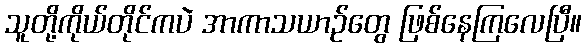
သူတို့ကိုယ်တိုင်ကပဲ အာကာသယာဉ်တွေ ဖြစ်နေကြလေပြီ။